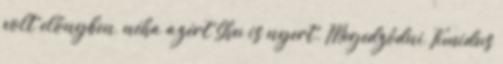
volt előnyben, néha azért Shu is nyert. Megedződni Timidus